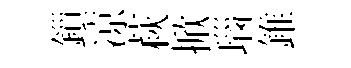
鎻凉萩掀瑙錐